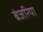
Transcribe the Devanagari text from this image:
बंजरिया